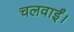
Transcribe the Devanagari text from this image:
चलवाईं।